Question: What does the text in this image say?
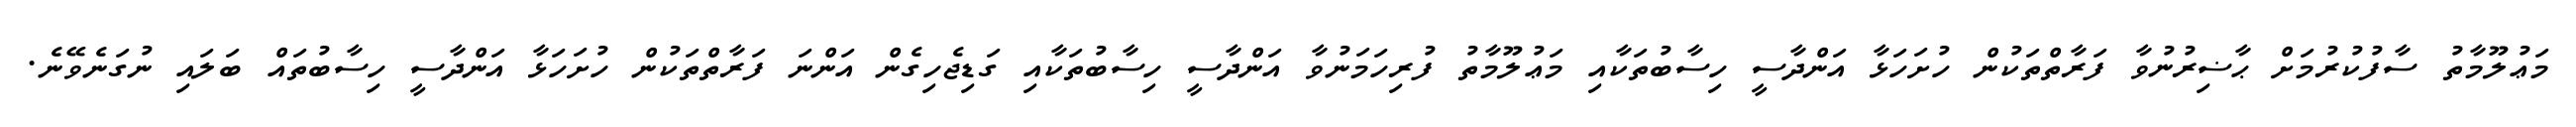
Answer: މަޢުލޫމާތު ސާފުކުރުމަށް ޙާޟިރުނުވާ ފަރާތްތަކުން ހުށަހަޅާ އަންދާސީ ހިސާބުތަކާއި މަޢުލޫމާތު ފުރިހަމަނުވާ އަންދާސީ ހިސާބުތަކާއި ގަޑިޖެހިގެން އަންނަ ފަރާތްތަކުން ހުށަހަޅާ އަންދާސީ ހިސާބުތައް ބަލައި ނުގަނެވޭނެ.